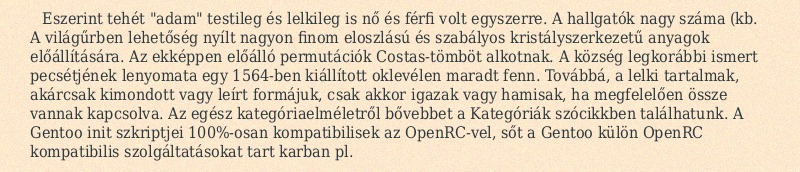
Eszerint tehét "adam" testileg és lelkileg is nő és férfi volt egyszerre. A hallgatók nagy száma (kb. A világűrben lehetőség nyílt nagyon finom eloszlású és szabályos kristályszerkezetű anyagok előállítására. Az ekképpen előálló permutációk Costas-tömböt alkotnak. A község legkorábbi ismert pecsétjének lenyomata egy 1564-ben kiállított oklevélen maradt fenn. Továbbá, a lelki tartalmak, akárcsak kimondott vagy leírt formájuk, csak akkor igazak vagy hamisak, ha megfelelően össze vannak kapcsolva. Az egész kategóriaelméletről bővebbet a Kategóriák szócikkben találhatunk. A Gentoo init szkriptjei 100%-osan kompatibilisek az OpenRC-vel, sőt a Gentoo külön OpenRC kompatibilis szolgáltatásokat tart karban pl.